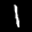
Digit: 1